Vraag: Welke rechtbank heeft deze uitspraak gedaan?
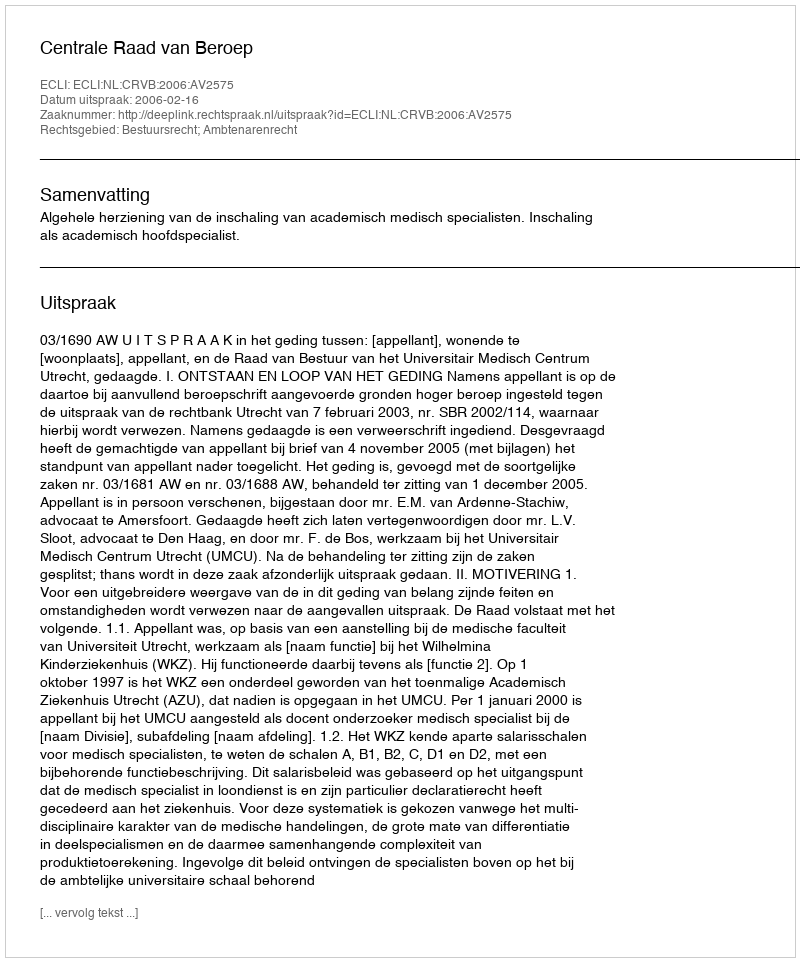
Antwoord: Centrale Raad van Beroep